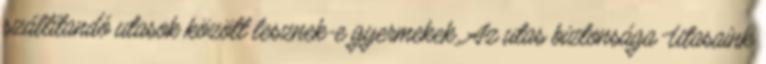
szállítandó utasok között lesznek-e gyermekek. Az utas biztonsága Utasaink